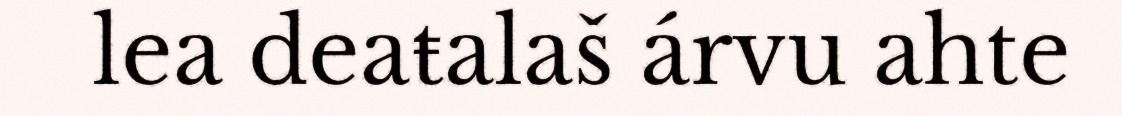
lea deaŧalaš árvu ahte